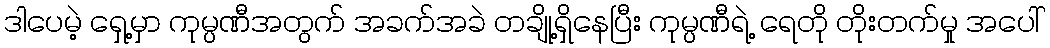
ဒါပေမဲ့ ရှေ့မှာ ကုမ္ပဏီအတွက် အခက်အခဲ တချို့ရှိနေပြီး ကုမ္ပဏီရဲ့ ရေတို တိုးတက်မှု အပေါ်